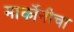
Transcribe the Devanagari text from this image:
मार्कोनीचा